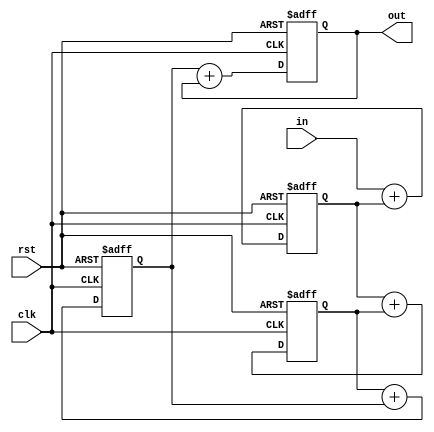
module cascaded_accumulator (
    input wire clk,        // Clock input
    input wire rst,        // Reset input
    input wire [7:0] in,   // Input data
    output reg [7:0] out   // Output data
);

reg [7:0] data [3:0];     // Data registers for 4 arithmetic blocks

always @(posedge clk or posedge rst) begin
    if (rst) begin
        // Reset data registers
        data[0] <= 8'b0;
        data[1] <= 8'b0;
        data[2] <= 8'b0;
        data[3] <= 8'b0;
    end else begin
        // Perform addition operation in each arithmetic block
        data[0] <= in + data[0];
        data[1] <= data[0] + data[1];
        data[2] <= data[1] + data[2];
        data[3] <= data[2] + data[3];
    end
end

assign out = data[3]; // Final output is from last arithmetic block

endmodule